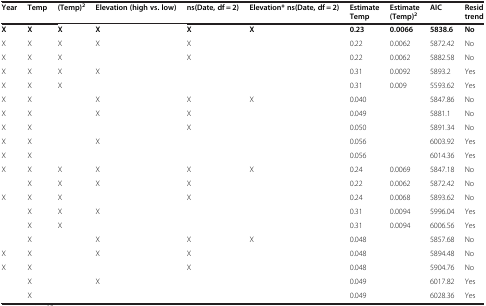
| Year | Temp | (Temp)2 | Elevation (high vs. low) | ns(Date, df = 2) | Elevation* ns(Date, df = 2) | Estimate Temp | Estimate (Temp)2 | AIC | Resid trend |
 | --- | --- | --- | --- | --- | --- | --- | --- | --- | --- |
 | X | X | X | X | X | X | 0.23 | 0.0066 | 5838.6 | No |
 | X | X | X | X | X |  | 0.22 | 0.0062 | 5872.42 | No |
 | X | X | X |  | X |  | 0.22 | 0.0062 | 5882.58 | No |
 | X | X | X | X |  |  | 0.31 | 0.0092 | 5893.2 | Yes |
 | X | X | X |  |  |  | 0.31 | 0.009 | 5593.62 | Yes |
 | X | X |  | X | X | X | 0.040 |  | 5847.86 | No |
 | X | X |  | X | X |  | 0.049 |  | 5881.1 | No |
 | X | X |  |  | X |  | 0.050 |  | 5891.34 | No |
 | X | X |  | X |  |  | 0.056 |  | 6003.92 | Yes |
 | X | X |  |  |  |  | 0.056 |  | 6014.36 | Yes |
 | X | X | X | X | X | X | 0.24 | 0.0069 | 5847.18 | No |
 |  | X | X | X | X |  | 0.22 | 0.0062 | 5872.42 | No |
 | X | X | X |  | X |  | 0.24 | 0.0068 | 5893.62 | No |
 |  | X | X | X |  |  | 0.31 | 0.0094 | 5996.04 | Yes |
 |  | X | X |  |  |  | 0.31 | 0.0094 | 6006.56 | Yes |
 |  | X |  | X | X | X | 0.048 |  | 5857.68 | No |
 | X | X |  | X | X |  | 0.048 |  | 5894.48 | No |
 | X | X |  |  | X |  | 0.048 |  | 5904.76 | No |
 |  | X |  | X |  |  | 0.049 |  | 6017.82 | Yes |
 |  | X |  |  |  |  | 0.049 |  | 6028.36 | Yes |